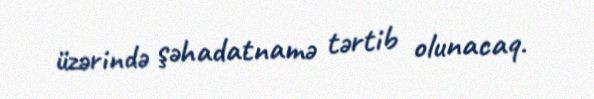
üzərində şəhadatnamə tərtib olunacaq.